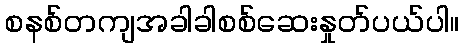
စနစ်တကျအခါခါစစ်ဆေးနှုတ်ပယ်ပါ။